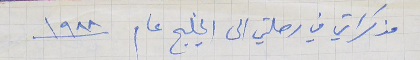
مذكراتي في رحلتي الى الخليج عام ١٩٨٨